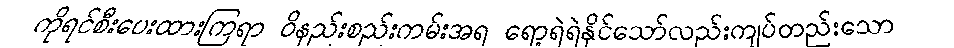
ကိုရင်စီးပေးထားကြရာ ဝိနည်းစည်းကမ်းအရ ရော့ရဲရဲနိုင်သော်လည်းကျပ်တည်းသော